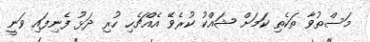
މަސްތުވާ ތަކެތި ކަމަށް ޝައްކު ކުރެވޭ އެއްޗެހި ހުރި ދަޅު ފެނިފައި ވަނީ